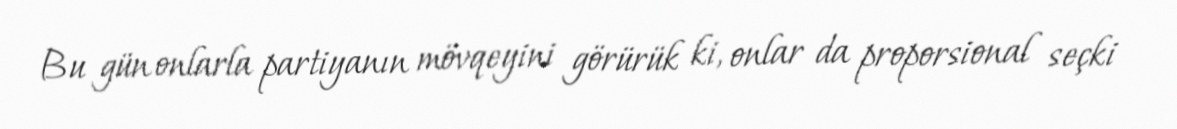
Bu gün onlarla partiyanın mövqeyini görürük ki, onlar da proporsional seçki